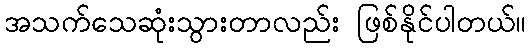
အသက်သေဆုံးသွားတာလည်း ဖြစ်နိုင်ပါတယ်။